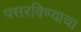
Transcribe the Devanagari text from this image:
पसरविण्याचा